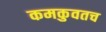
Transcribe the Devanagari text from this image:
कमकुवतच